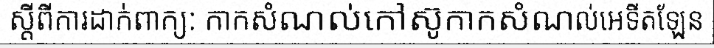
ស្តីពីការដាក់ពាក្យ: កាកសំណល់កៅស៊ូកាកសំណល់អេទីតឡែន